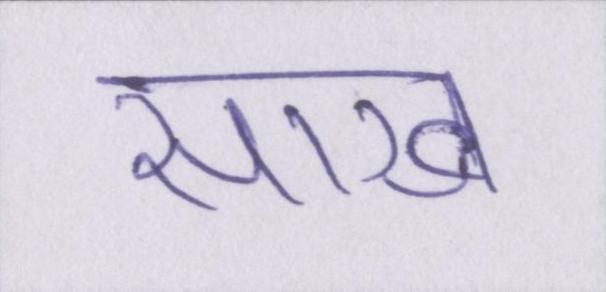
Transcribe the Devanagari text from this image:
साख